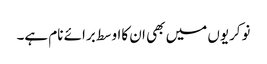
نوکریوں میں بھی ان کااوسط برائے نام ہے۔